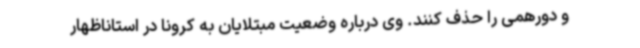
و دورهمی را حذف کنند. وی درباره وضعیت مبتلایان به کرونا در استاناظهار